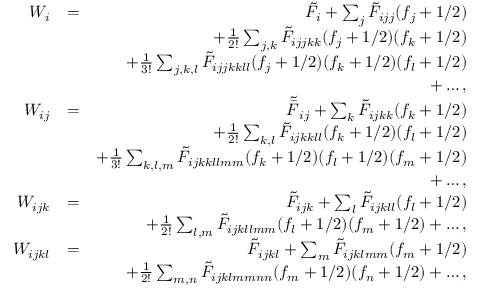
\begin{array} { r l r } { W _ { i } } & { = } & { \tilde { F } _ { i } + \sum _ { j } \tilde { F } _ { i j j } ( f _ { j } + 1 / 2 ) } \\ & { } & { + \frac { 1 } { 2 ! } \sum _ { j , k } \tilde { F } _ { i j j k k } ( f _ { j } + 1 / 2 ) ( f _ { k } + 1 / 2 ) } \\ & { } & { + \frac { 1 } { 3 ! } \sum _ { j , k , l } \tilde { F } _ { i j j k k l l } ( f _ { j } + 1 / 2 ) ( f _ { k } + 1 / 2 ) ( f _ { l } + 1 / 2 ) } \\ & { } & { + \dots , } \\ { W _ { i j } } & { = } & { \tilde { \bar { F } } _ { i j } + \sum _ { k } \tilde { F } _ { i j k k } ( f _ { k } + 1 / 2 ) } \\ & { } & { + \frac { 1 } { 2 ! } \sum _ { k , l } \tilde { F } _ { i j k k l l } ( f _ { k } + 1 / 2 ) ( f _ { l } + 1 / 2 ) } \\ & { } & { + \frac { 1 } { 3 ! } \sum _ { k , l , m } \tilde { F } _ { i j k k l l m m } ( f _ { k } + 1 / 2 ) ( f _ { l } + 1 / 2 ) ( f _ { m } + 1 / 2 ) } \\ & { } & { + \dots , } \\ { W _ { i j k } } & { = } & { \tilde { F } _ { i j k } + \sum _ { l } \tilde { F } _ { i j k l l } ( f _ { l } + 1 / 2 ) } \\ & { } & { + \frac { 1 } { 2 ! } \sum _ { l , m } \tilde { F } _ { i j k l l m m } ( f _ { l } + 1 / 2 ) ( f _ { m } + 1 / 2 ) + \dots , } \\ { W _ { i j k l } } & { = } & { \tilde { F } _ { i j k l } + \sum _ { m } \tilde { F } _ { i j k l m m } ( f _ { m } + 1 / 2 ) } \\ & { } & { + \frac { 1 } { 2 ! } \sum _ { m , n } \tilde { F } _ { i j k l m m n n } ( f _ { m } + 1 / 2 ) ( f _ { n } + 1 / 2 ) + \dots , } \end{array}